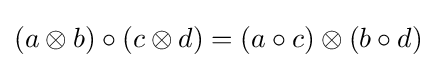
(a\otimes b)\circ (c\otimes d)=(a\circ c)\otimes (b\circ d)